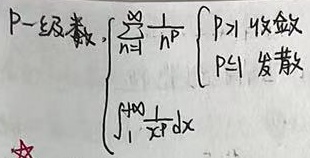
$P -$级数$\sum_{n = 1}^{\infty}\frac{1}{n^{p}}$，当$p$满足：
\[
\sum_{n = 1}^{\infty}\frac{1}{n^{p}}\begin{cases}
\int_{1}^{+\infty}\frac{1}{x^{p}}dx, & p>1 \text{ 收敛}\\
& p\leq1 \text{ 发散}
\end{cases}
\]